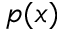
p ( x )